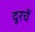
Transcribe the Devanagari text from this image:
दूरचें